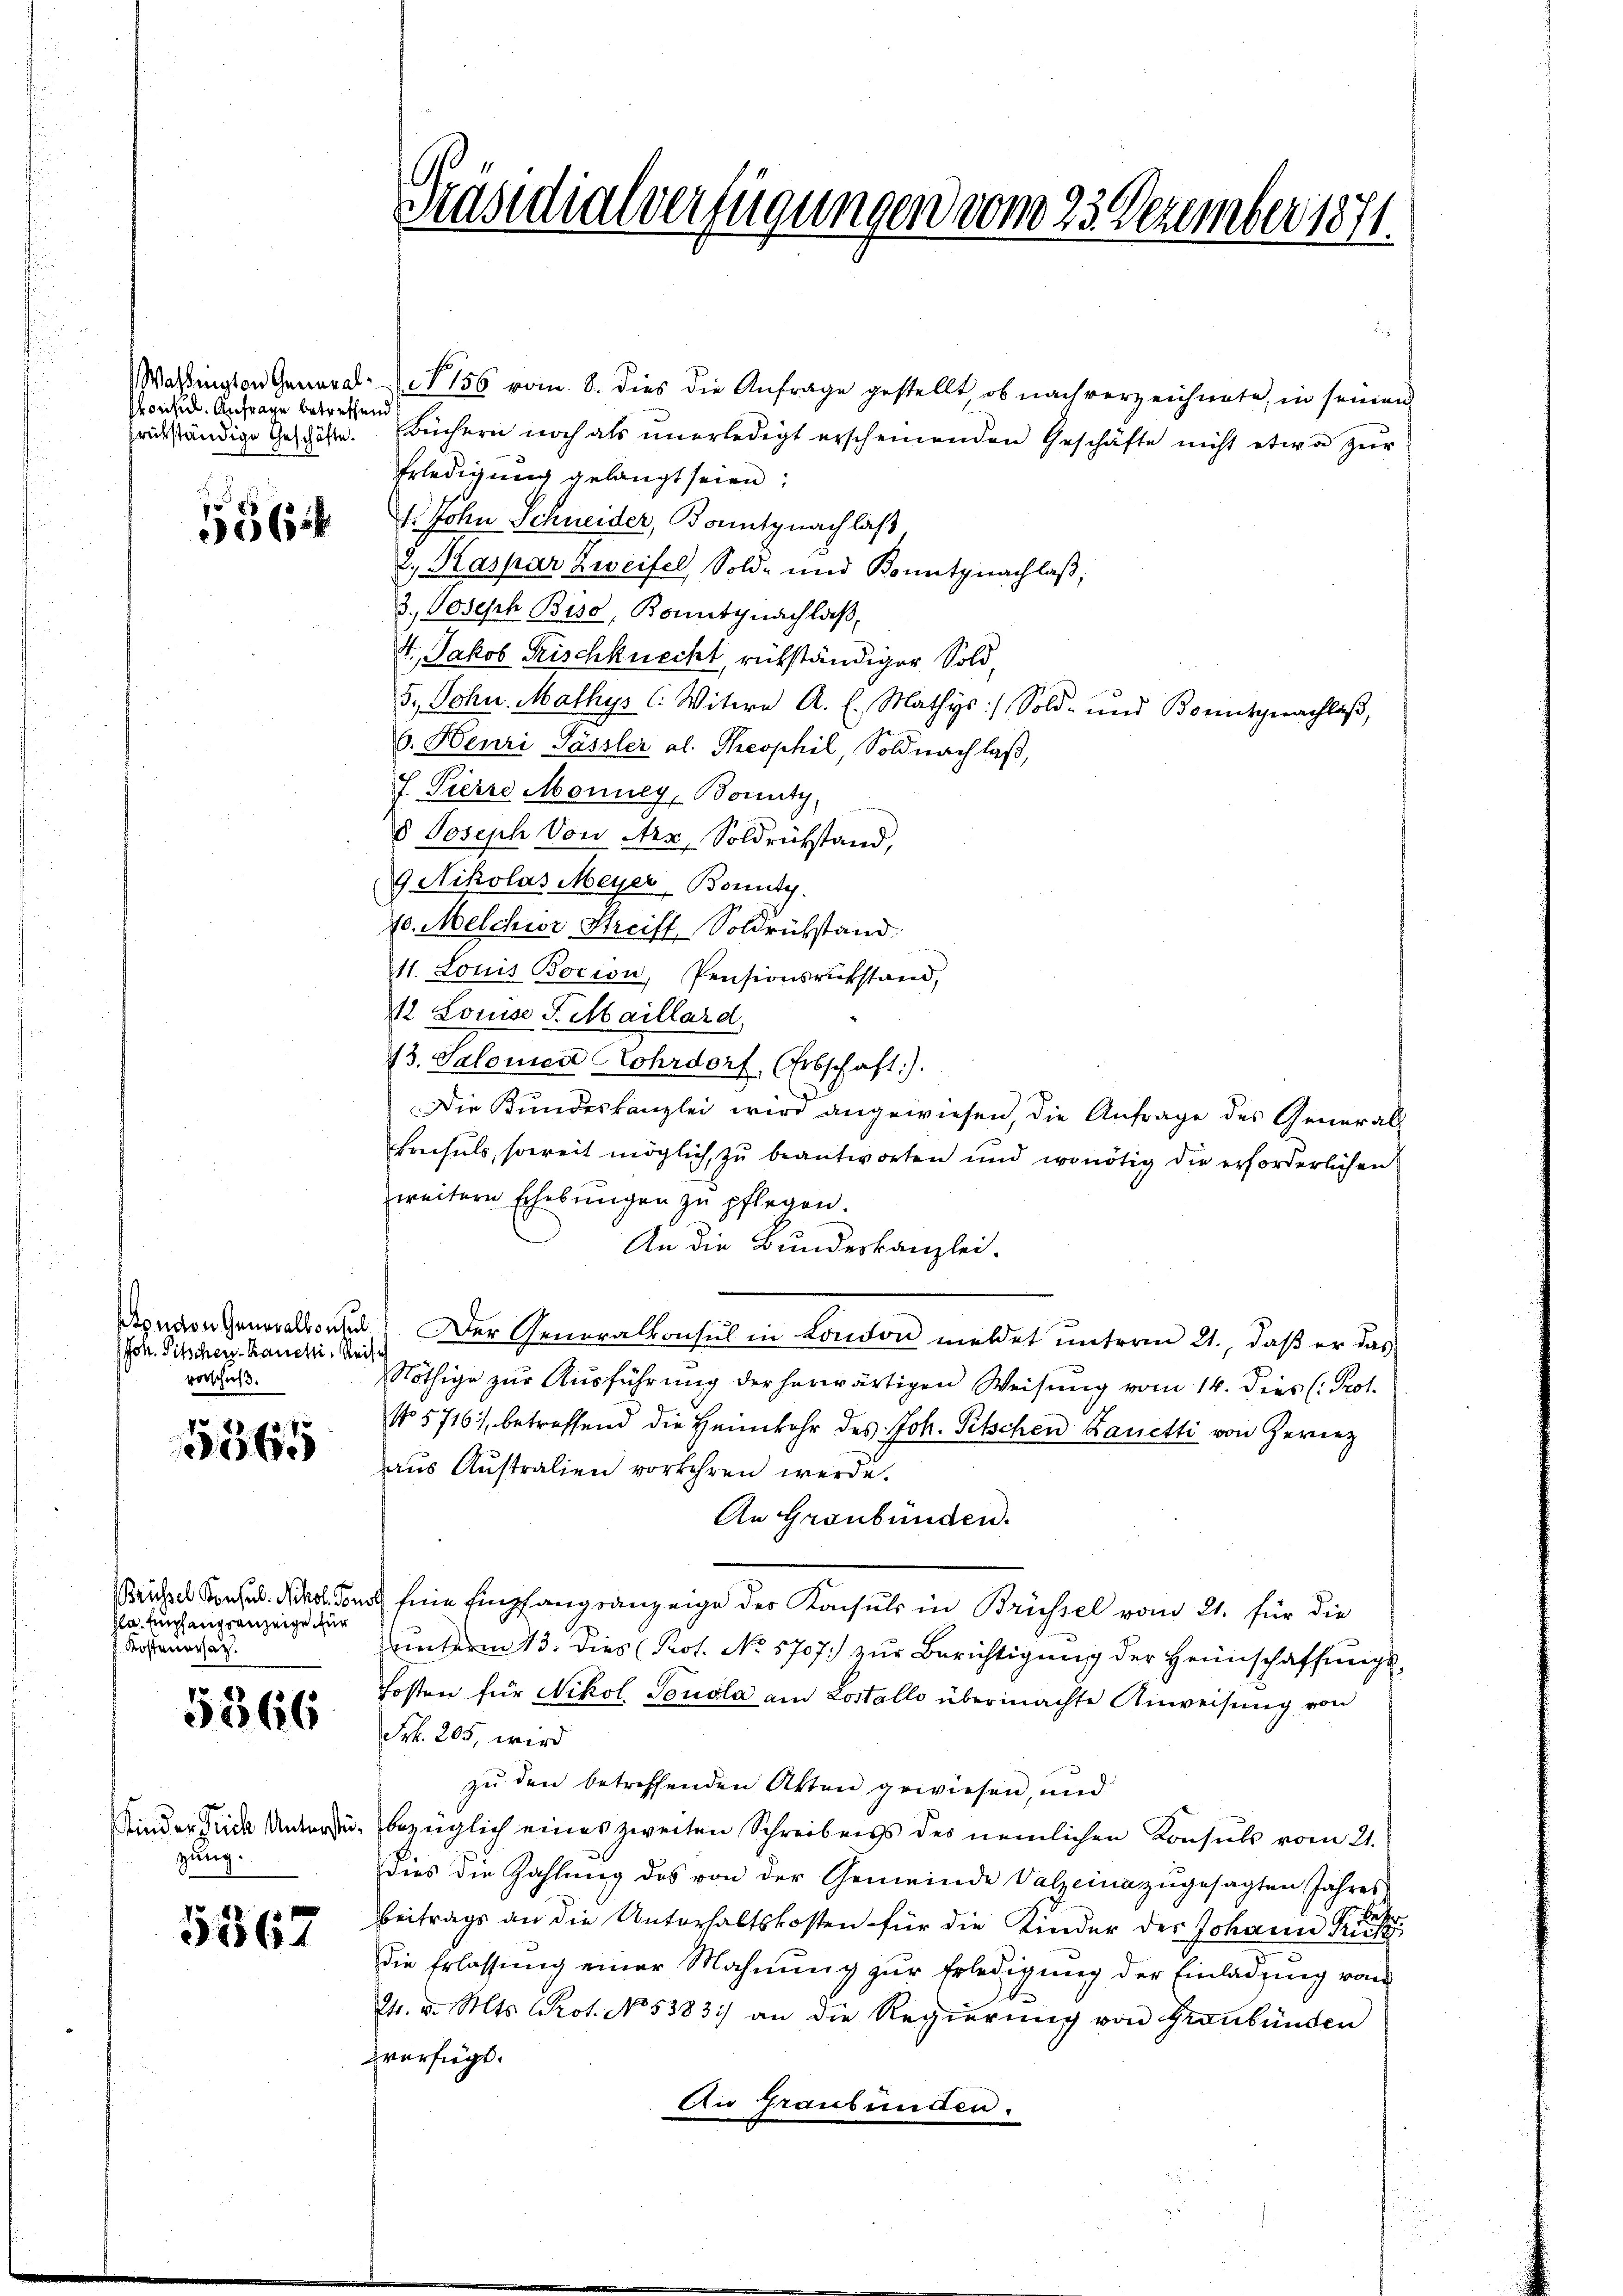
Pronsil. Anfrage betreffend

.
56

Joh. Pitschen-Ranchi, Reise
vorschies.

1x

pla. Empfangsanzeige für
 Kostenersat

5566

zung.

5367

Wardington General-  156 vom 8. dies die Anfrage gestellt, ob nach verzeichnete, in seinen
rückständige Geschäfte. Büchern noch als ŭnerledigt erscheinenden Geschäfte nicht etwa zŭr
Erledigung gelangt seien;
1. John Schneider, Bonitgnachlaß,
2., Kaspar Zweifel, Sold- und Bonitznachlaß,
3. Joseph Bise, Bonitynachlaß
4. Jakob Fischknecht, rükständiger Sold
5., Sohn Mathys l. Witwe A. E. Mathys) Sold- und Bonitgnachlaβ,
b. Henri Pässler al. Theophil, Soldnach laß,
f. Pierre Monney, Bounty
8 Joseph Von Arx, Soldrückstand,
9 Nikolas Meyer, Bonity.
20. Melchior Streift, Soldrühstand
11. Louis Bocion, Pensionsrükstand,
12 Louise S. Maillard.
13. Salomen Lohrdorf, (Erbschaft).
Die Bundeskanzlei wird angewiesen, die Anfrage des General-
konsuls, soweit möglich, zu beantworten und wonötig die erforderlichen
weitern Erhebŭngen zŭ pflegen.
An die Bundeskanzlei.
Sonnen Generalkonsul) Der Generalkonsul in Condon meldet unterm 21., daß er das
Nöthige zur Ausführung der herwärtigen Weisung vom 14. dies (: Prof.
7
No 5716), betreffend die Heimkehr des Joh. Pitschen Kanetti von Gerez
aus Australien vorkehren werde.
An Graubünden.
Bruchel Konsul. Nikol. Von seine Empfangsanzeige der Konsuls in Brüssel vom 21. für die
ŭnterm 13. dies Prot. No. 5707. zŭr Berichtigŭng der Heimschaffŭngs-
kosten für Nikol Peuola am Lostalle übermachte Anweisung von
Frk. 205, wird
zu den betreffenden Akten gewiesen, und
Kinder inde Unter, bezüglich eines zweiten Schreibens des nemlichen Konsuls vom 21.
dies die Zahlŭng des von der Gemeinde Valzeinazŭgesagten Jahres
beh
beitrags an die Unterhaltskosten für die Kinder der Johann Rücksi
die Erlassŭng einer Mahnŭng zur Erledigung der Einladung vom
24. d. Mts. Prot. No. 5383) an die Regierŭng von Graubünden
verfügt.
An Graubünden.

Präsidialverfügungen vom 23 Dezember 1871.